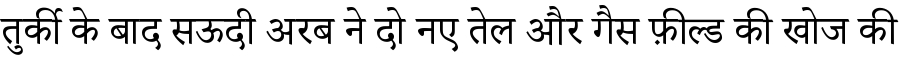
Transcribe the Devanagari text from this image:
तुर्की के बाद सऊदी अरब ने दो नए तेल और गैस फ़ील्ड की खोज की